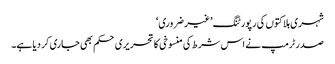
شہری ہلاکتوں کی رپورٹنگ ’غیر ضروری‘
صدر ٹرمپ نے اس شرط کی منسوخی کا تحریری حکم بھی جاری کر دیا ہے۔